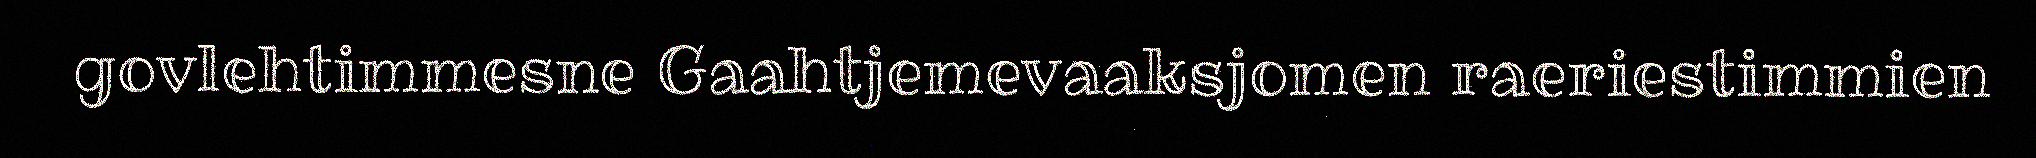
govlehtimmesne Gaahtjemevaaksjomen raeriestimmien